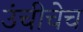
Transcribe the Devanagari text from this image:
उंचीचेच